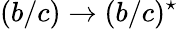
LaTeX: (b/c)\to(b/c)^{\star}